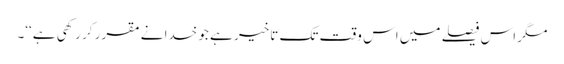
مگر اس فیصلے میں اس وقت تک تاخیر ہے جو خدا نے مقرر کر رکھی ہے‘‘۔